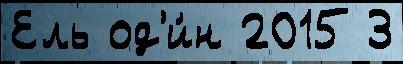
Ель од'и́н 2015 3